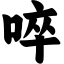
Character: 啐